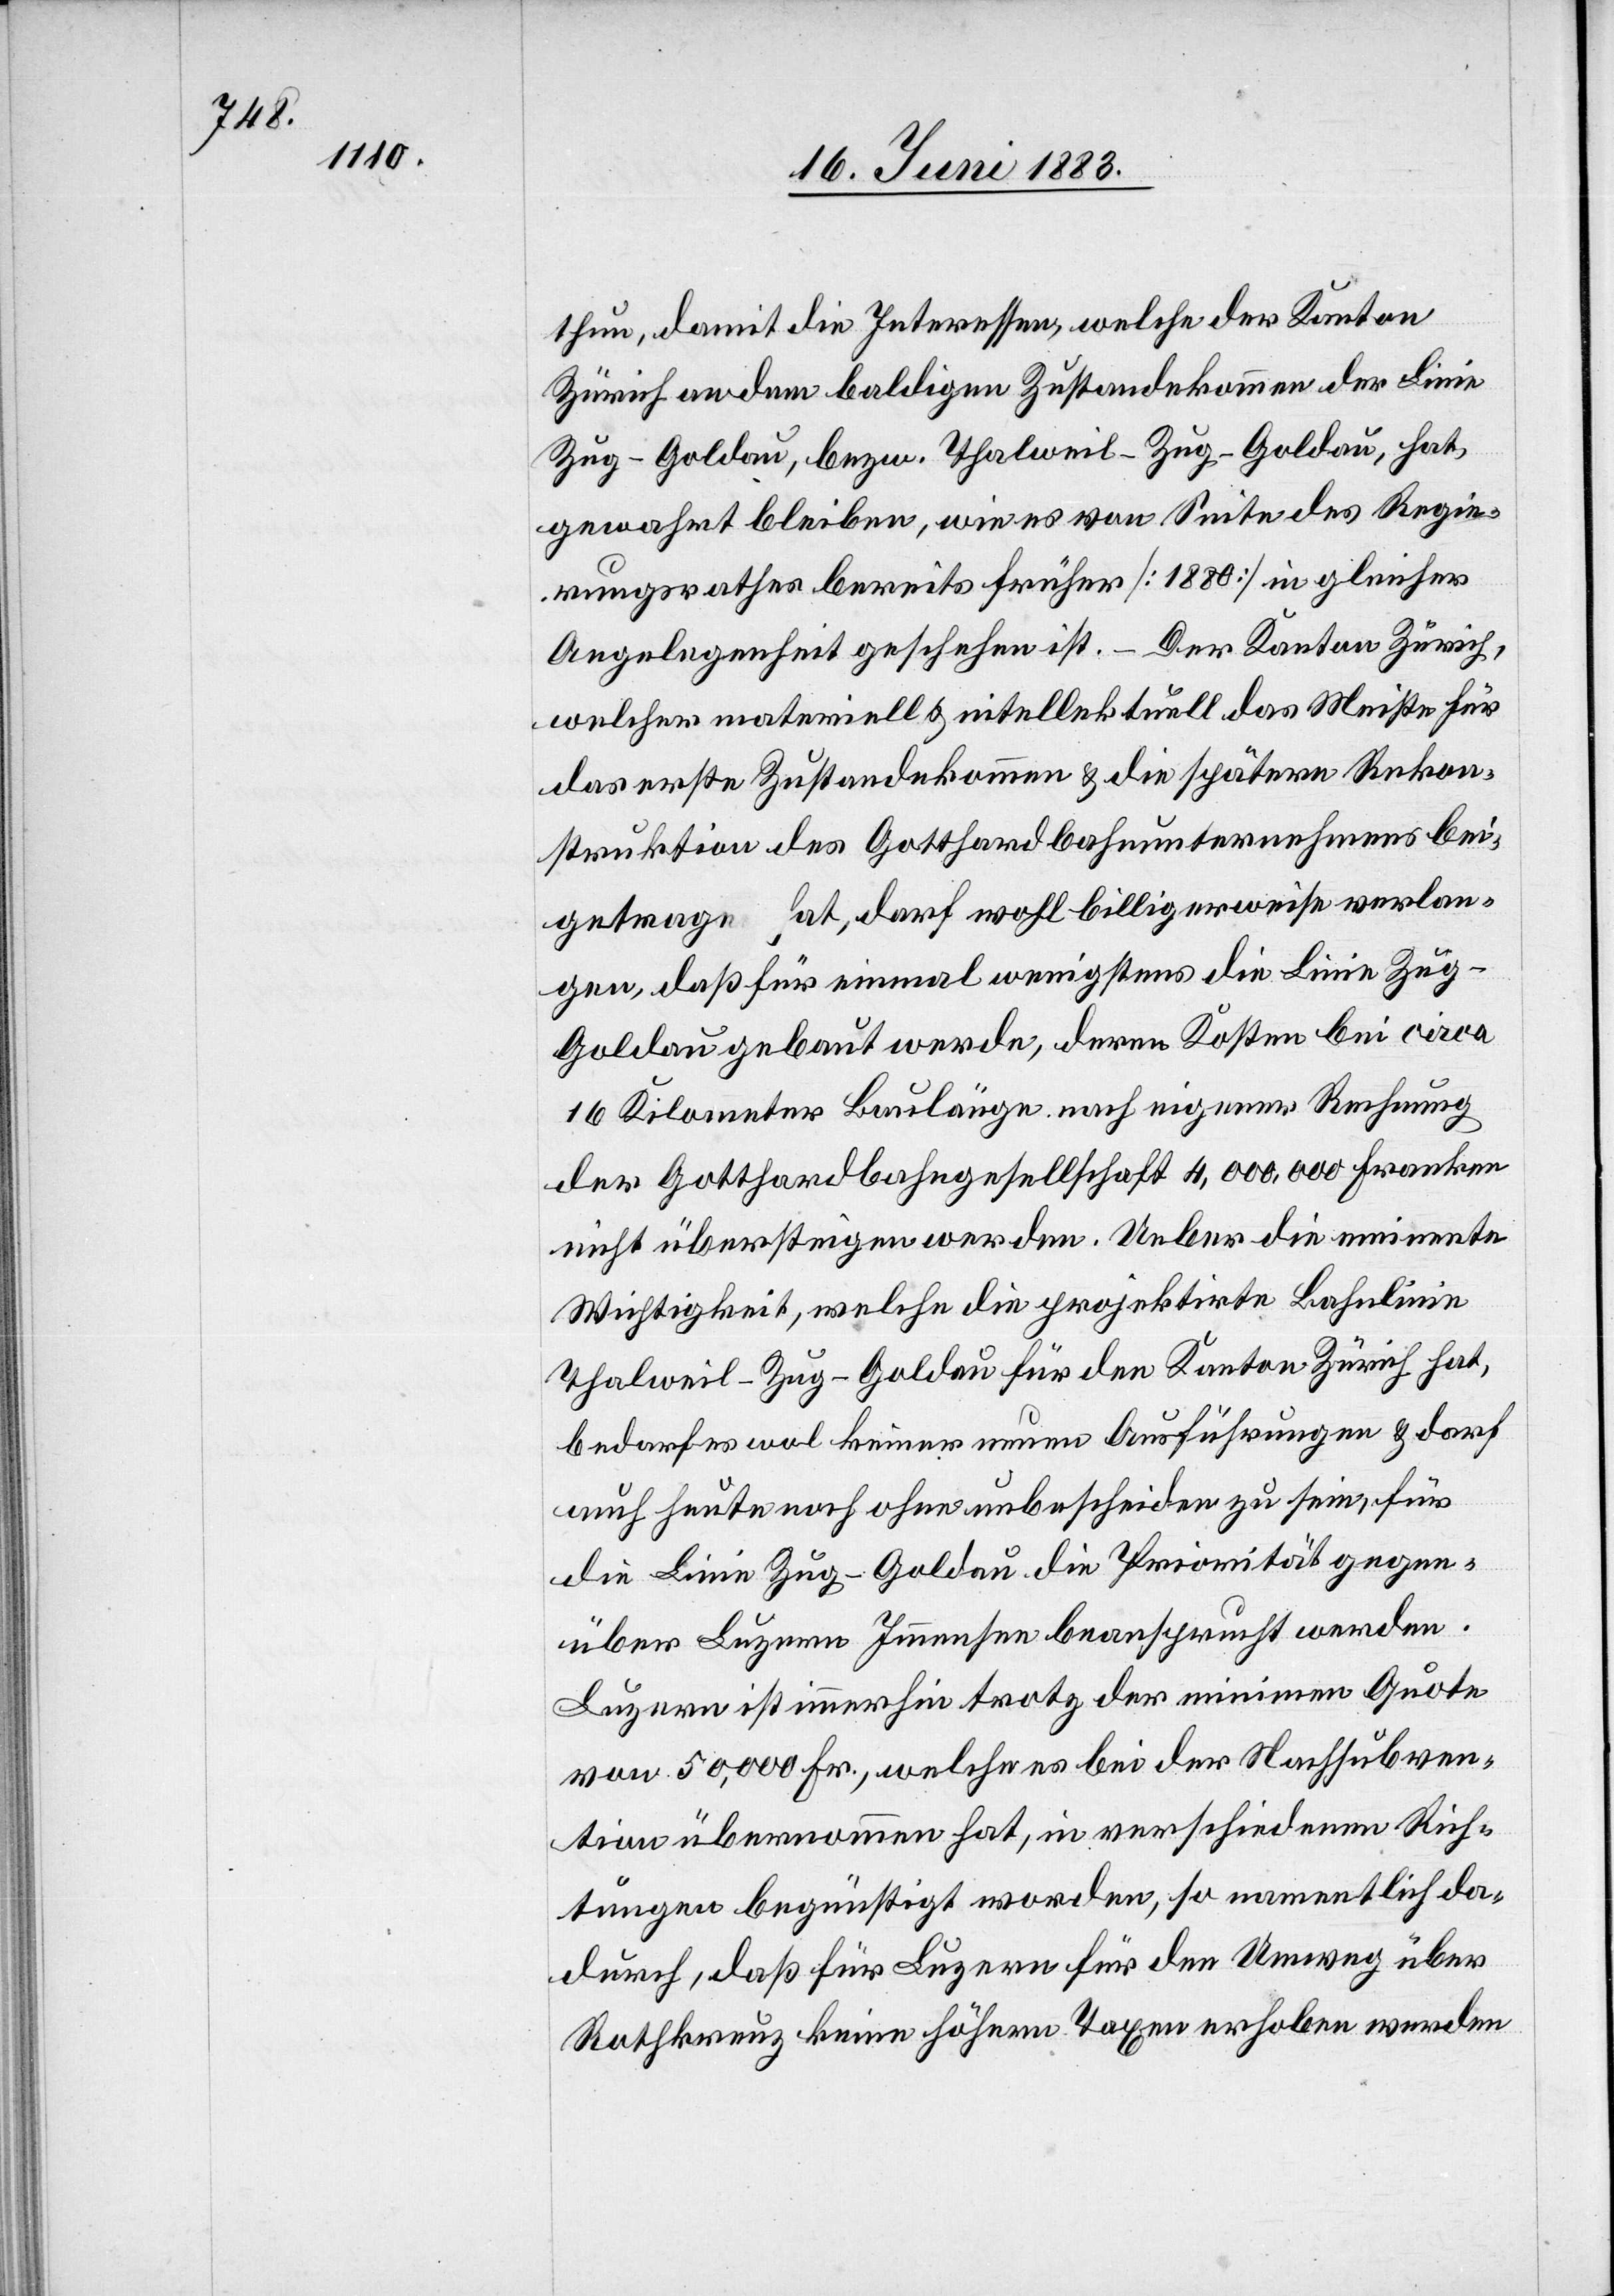
thun, damit die Interessen, welche der Kanton
Zürich an dem baldigen Zustandekommen der Linie
Zug–Goldau, bezw. Thalweil–Zug–Goldau, hat,
gewahrt bleiben, wie es von Seite des Regie¬
rungsrathes bereits früher [1880] in gleicher
Angelegenheit geschehen ist. – Der Kanton Zürich,
welcher materiell & intellektuell das Meiste für
das erste Zustandekommen & die spätere Rekon¬
struktion des Gotthardbahnunternehmens bei¬
getragen hat, darf wohl billigerweise verlan¬
gen, daß für einmal wenigstens die Linie Zug–G¬
oldau gebaut werde, deren Kosten bei circa
16 Kilometer Baulänge nach eigener Rechnung
der Gotthardbahngesellschaft 4,000,000 Franken
nicht übersteigen werden. Ueber die eminente
Wichtigkeit, welche die projektirte Bahnlinie
Thalweil–Zug–Goldau für den Kanton Zürich hat,
bedarf es wol keiner neuen Ausführungen & darf
auch heute noch ohne unbescheiden zu sein, für
die Linie Zug–Goldau die Priorität gegen¬
über Luzern Immensee beansprucht werden.
Luzern ist immerhin trotz der minimen Quote
von 50,000 Fr., welche es bei der Nachsubven¬
tion übernommen hat, in verschiedenen Rich¬
tungen begünstigt worden, so namentlich da¬
durch, daß für Luzern für den Umweg über
Rotkreuz keine höhern Taxen erhoben werden